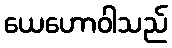
ယေဟောဝါသည်